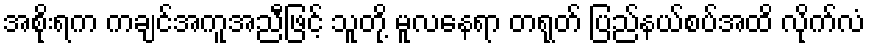
အစိုးရက ကချင်အကူအညီဖြင့် သူတို့ မူလနေရာ တရုတ် ပြည်နယ်စပ်အထိ လိုက်လံ